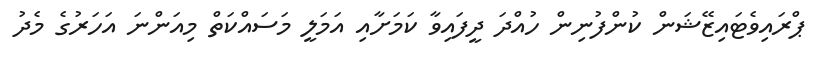
ޕްރައިވެޓައިޒޭޝަން ކުންފުނިން ހުއްދަ ދީފައިވާ ކަމަށާއި އަމަލީ މަސައްކަތް މިއަންނަ އަހަރުގެ މެދު